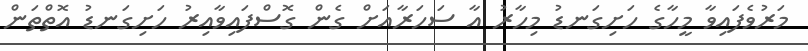
މަރުވެފައިވާ މީހާގެ ހަށިގަނޑު މިހާރު އާ ސަހަރާއަށް ގެން ގޮސްފައިވާއިރު ހަށިގަނޑު އޮތްތަން